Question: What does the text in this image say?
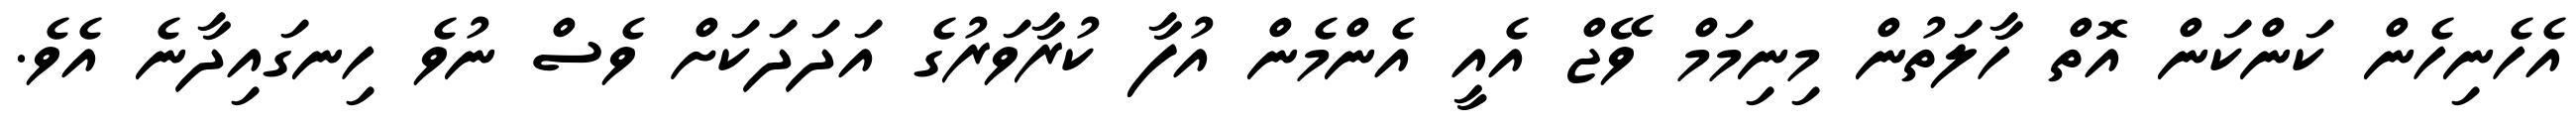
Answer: އެހެނިހެން ކަންކަން އޮތް ހާލަތުން މިނިމަމް ވޭޖް އެއީ އެންމެން އުފާ ކުރާވަރުގެ އަދަދަކަށް ވެސް ނުވެ ހިނގައިދާނެ އެވެ.